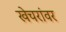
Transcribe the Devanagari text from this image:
खेचरांवर